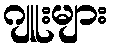
ဂျူးများ